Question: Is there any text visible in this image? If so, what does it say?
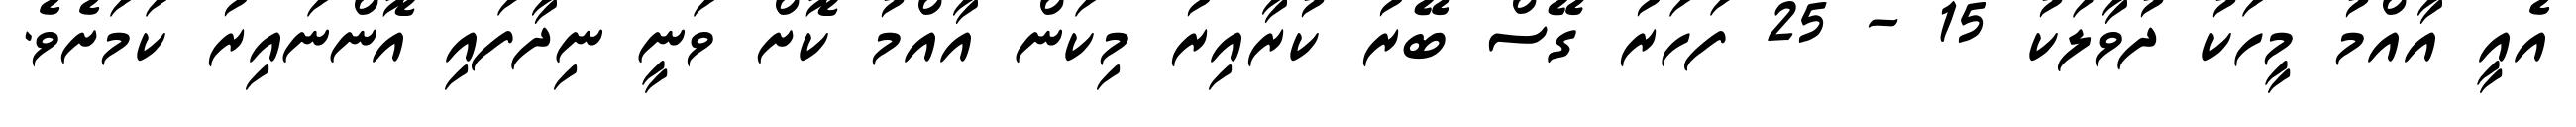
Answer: އެއީ އާއްމު މީހަކު ދުވާލަކު 15 - 25 ފަހަރު ގޭސް ބޭރު ކުރާއިރު މިކަން އާއްމު ކޮށް ވަނީ ނިދާފައި އޮންނައިރު ކަމަށެވެ.